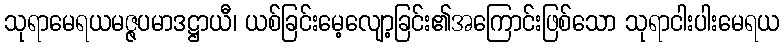
သုရာမေရယမဇ္ဇပမာဒဋ္ဌာယီ၊ ယစ်ခြင်းမေ့လျော့ခြင်း၏အကြောင်းဖြစ်သော သုရာငါးပါးမေရယ